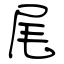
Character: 尾